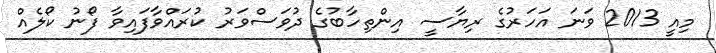
މިއީ 2013 ވަނަ އަހަރުގެ ރިޔާސީ އިންތިހާބުގެ ދުވަސްވަރު ކުރައްވާފައިވާ ފޯނު ކޯލެއް